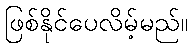
ဖြစ်နိုင်ပေလိမ့်မည်။